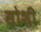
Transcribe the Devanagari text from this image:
सोशी